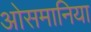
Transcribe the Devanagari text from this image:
ओसमानिया